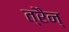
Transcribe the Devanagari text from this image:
त्रैन्